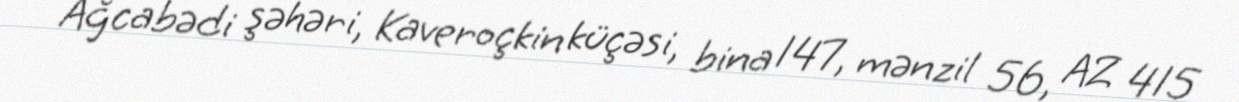
Ağcabədi şəhəri, Kaveroçkin küçəsi, bina 147, mənzil 56, AZ 415